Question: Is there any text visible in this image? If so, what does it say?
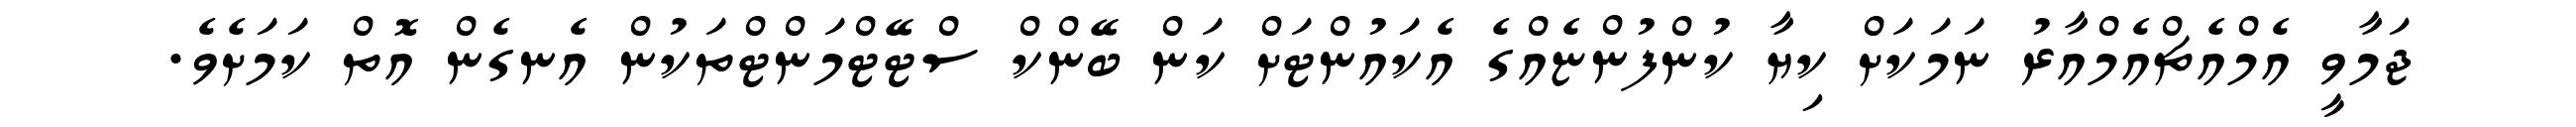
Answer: ޖަމާވީ އެމްއެޗްއެމްއާރު ނަމަކަށް ކިޔާ ކުންފުންޏެއްގެ އެކައުންޓަށް ކަން ބޭންކް ސްޓޭޓްމަންޓްތަކުން އެނގެން އޮތް ކަމަށެވެ.